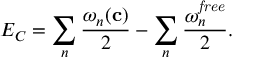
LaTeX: E _ { C } = \sum _ { n } { \frac { \omega _ { n } ( { \bf c } ) } { 2 } } - \sum _ { n } { \frac { \omega _ { n } ^ { \it f r e e } } { 2 } } .